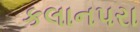
કલાનપરા